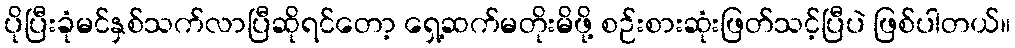
ပိုပြီးခုံမင်နှစ်သက်လာပြီဆိုရင်တော့ ရှေ့ဆက်မတိုးမိဖို့ စဉ်းစားဆုံးဖြတ်သင့်ပြီပဲ ဖြစ်ပါတယ်။